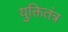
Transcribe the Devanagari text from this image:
युक्तितंत्र